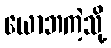
ယောဘကဲ့သို့